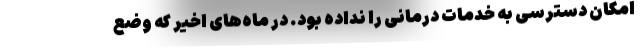
امکان دسترسی به خدمات درمانی را نداده بود. در ماه‌های اخیر که وضع